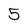
Character: 5